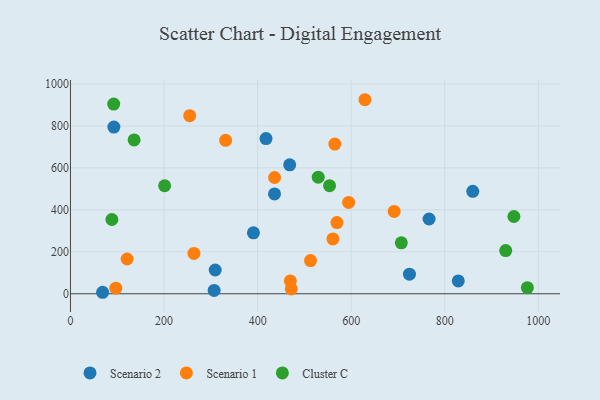
{"axis": {"x": "Speed", "y": "Rating"}, "legend": ["Cluster C", "Scenario 1", "Scenario 2"], "data": [{"x": "417.9", "y": 739.7, "type": "Scenario 2"}, {"x": "309.3", "y": 113.3, "type": "Scenario 2"}, {"x": "391.0", "y": 290.7, "type": "Scenario 2"}, {"x": "859.8", "y": 488.1, "type": "Scenario 2"}, {"x": "766.4", "y": 356.4, "type": "Scenario 2"}, {"x": "68.7", "y": 7.1, "type": "Scenario 2"}, {"x": "828.8", "y": 61.4, "type": "Scenario 2"}, {"x": "436.1", "y": 476.0, "type": "Scenario 2"}, {"x": "468.5", "y": 614.5, "type": "Scenario 2"}, {"x": "307.0", "y": 15.7, "type": "Scenario 2"}, {"x": "92.8", "y": 794.7, "type": "Scenario 2"}, {"x": "724.5", "y": 93.4, "type": "Scenario 2"}, {"x": "121.1", "y": 165.6, "type": "Scenario 1"}, {"x": "565.0", "y": 713.5, "type": "Scenario 1"}, {"x": "436.2", "y": 554.1, "type": "Scenario 1"}, {"x": "629.3", "y": 924.9, "type": "Scenario 1"}, {"x": "263.9", "y": 192.2, "type": "Scenario 1"}, {"x": "469.9", "y": 61.3, "type": "Scenario 1"}, {"x": "254.8", "y": 849.1, "type": "Scenario 1"}, {"x": "471.9", "y": 23.2, "type": "Scenario 1"}, {"x": "691.8", "y": 392.4, "type": "Scenario 1"}, {"x": "96.9", "y": 26.6, "type": "Scenario 1"}, {"x": "513.0", "y": 158.3, "type": "Scenario 1"}, {"x": "569.5", "y": 339.4, "type": "Scenario 1"}, {"x": "331.6", "y": 731.2, "type": "Scenario 1"}, {"x": "560.9", "y": 261.2, "type": "Scenario 1"}, {"x": "594.5", "y": 435.3, "type": "Scenario 1"}, {"x": "529.5", "y": 555.5, "type": "Cluster C"}, {"x": "930.2", "y": 205.9, "type": "Cluster C"}, {"x": "136.0", "y": 733.1, "type": "Cluster C"}, {"x": "553.7", "y": 515.0, "type": "Cluster C"}, {"x": "707.1", "y": 242.8, "type": "Cluster C"}, {"x": "88.5", "y": 354.1, "type": "Cluster C"}, {"x": "947.7", "y": 368.3, "type": "Cluster C"}, {"x": "92.4", "y": 904.0, "type": "Cluster C"}, {"x": "201.2", "y": 514.9, "type": "Cluster C"}, {"x": "976.5", "y": 29.2, "type": "Cluster C"}]}